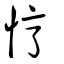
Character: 悙